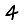
Digit: 4